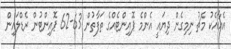
އެއާއެކު މެޗު ނިމިގެން ދިޔައީ އެންމެ ޕޮއިންޓެއްގެ ތަފާތުން 63-62 ޕޮއިންޓުން ރެޑްލައިން